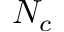
N _ { c }